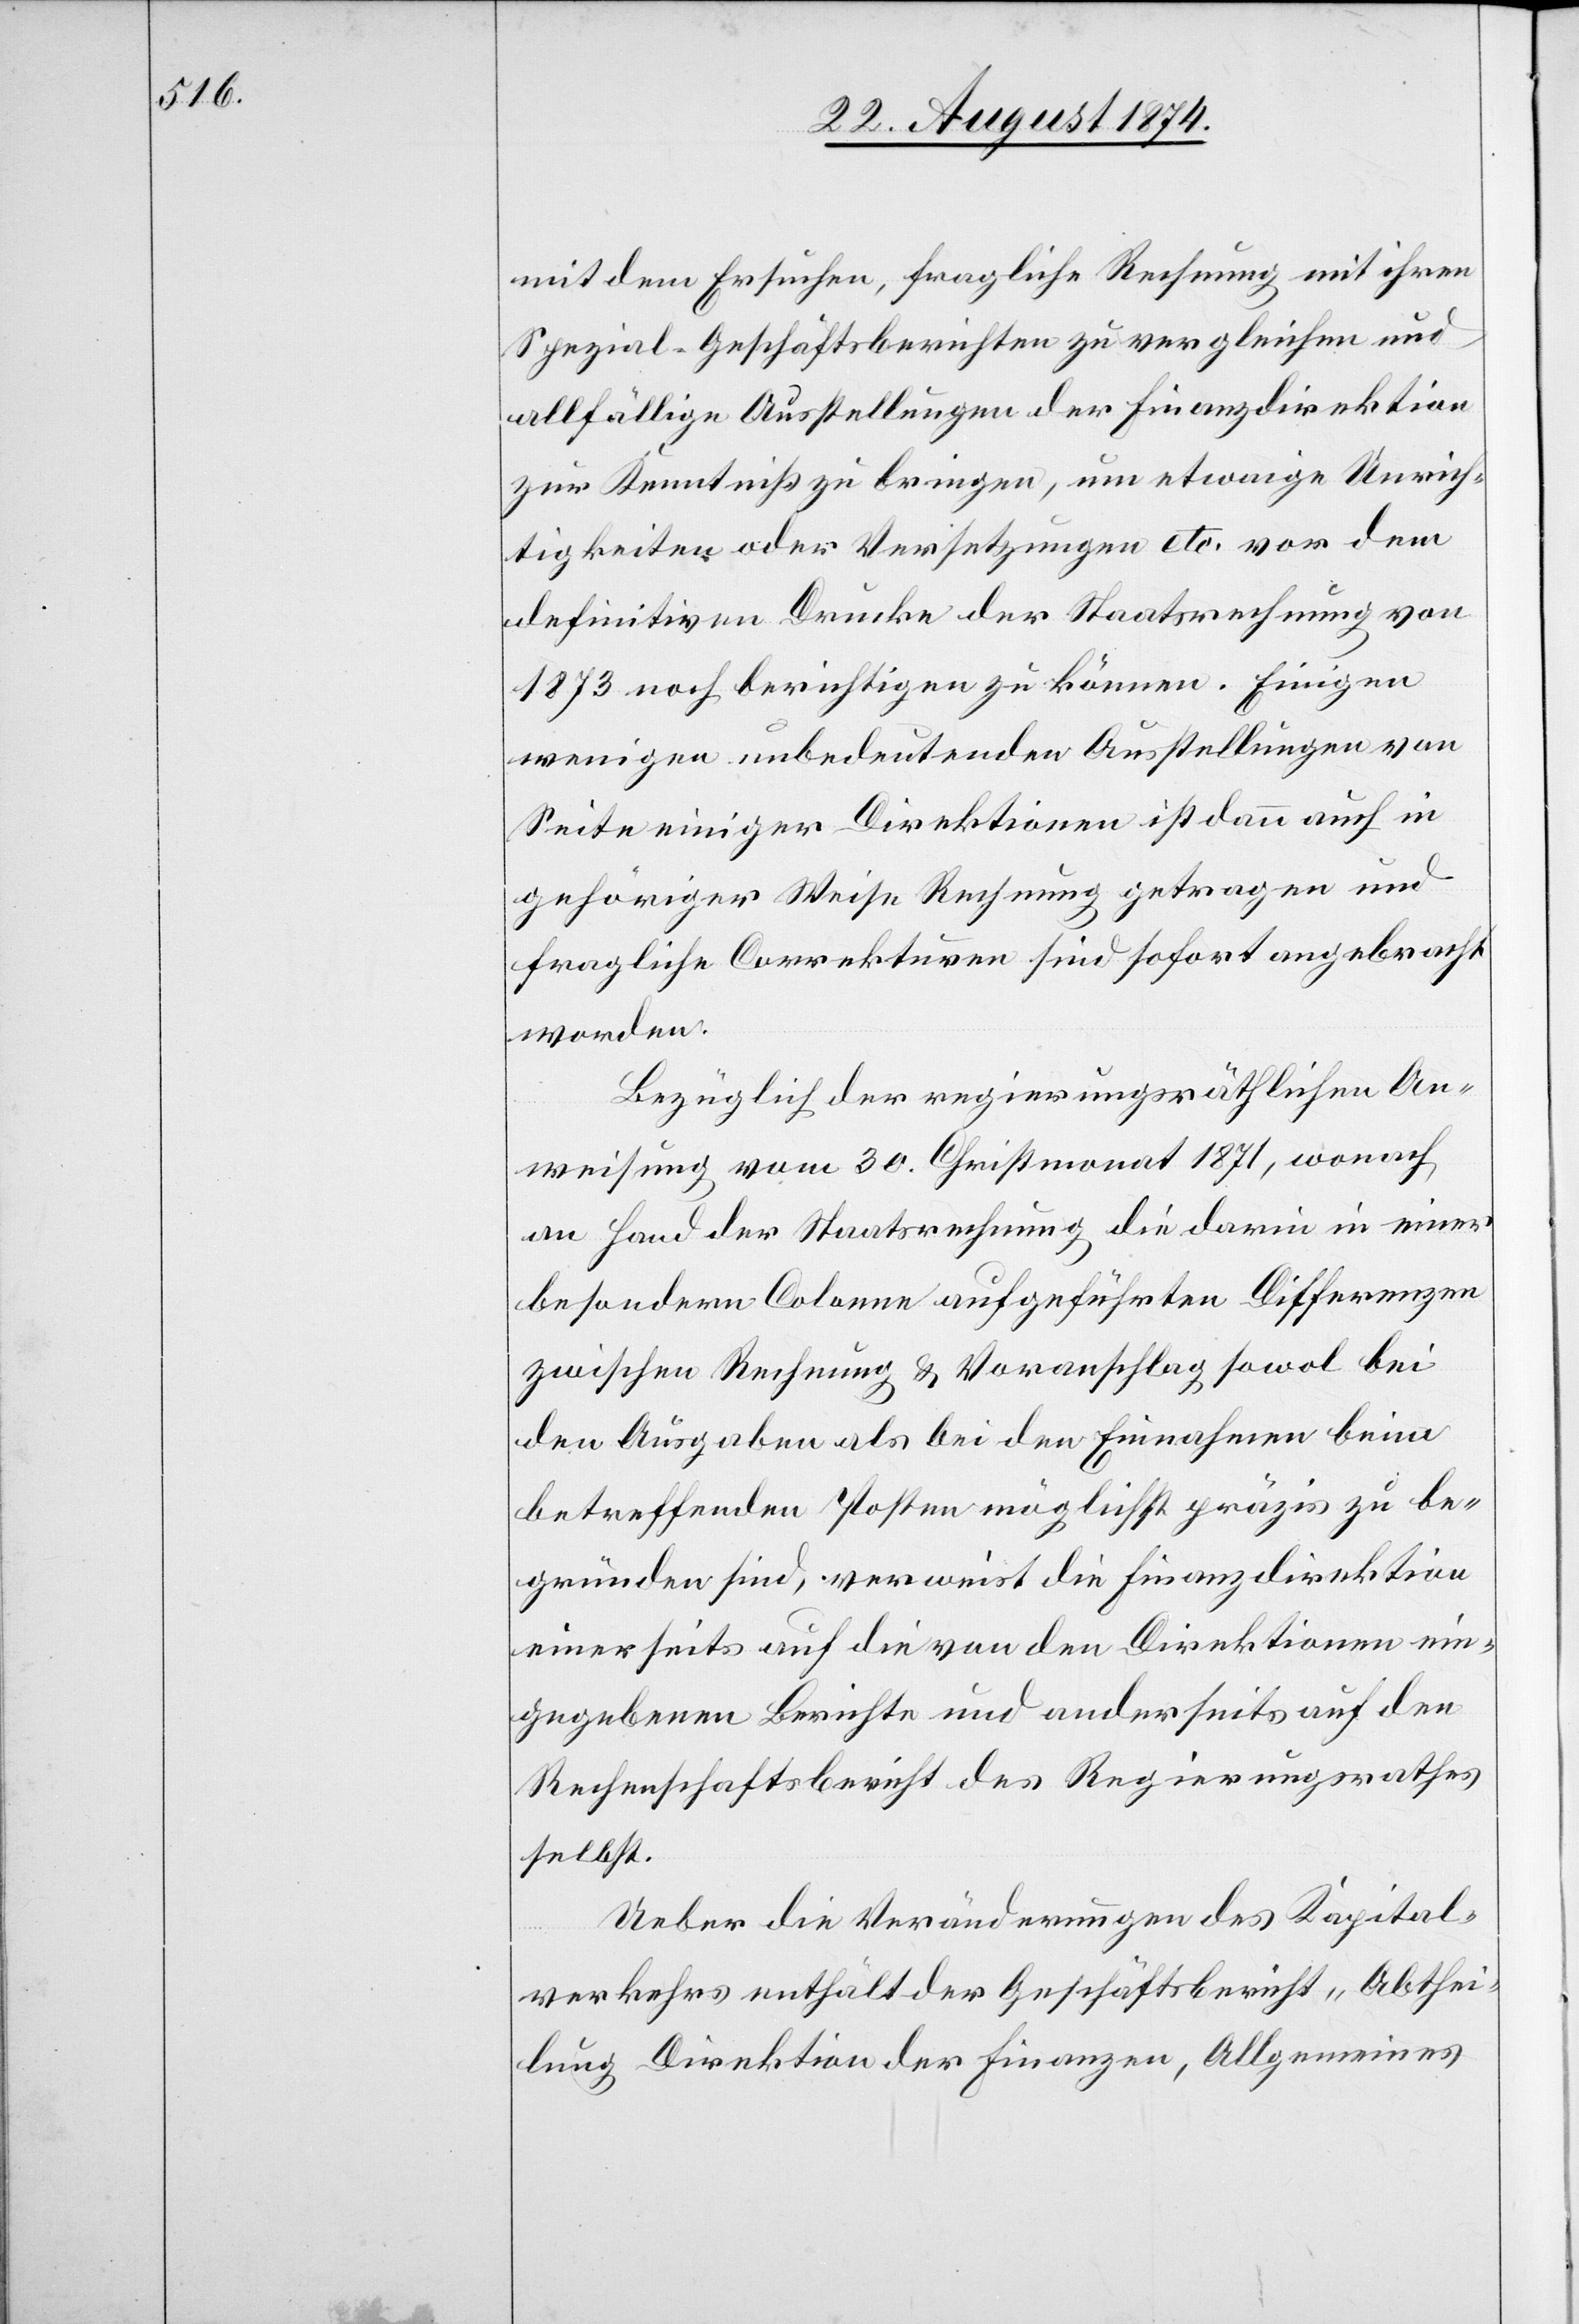
mit dem Ersuchen, fragliche Rechnung mit ihren
Spezial-Geschäftsberichten zu vergleichen und
allfällige Ausstellungen der Finanzdirektion
zur Kenntniß zu bringen, um etwaige Unrich¬
tigkeiten oder Versetzungen etc. vor dem
definitiven Drucke der Staatsrechnung von
1873 noch berichtigen zu können. Einigen
wenigen unbedeutenden Ausstellungen von
Seite einiger Direktionen ist dann auch in
gehöriger Weise Rechnung getragen und
fragliche Correkturen sind sofort angebracht
worden.
Bezüglich der regierungsräthlichen An¬
weisung vom 30. Christmonat 1871, wonach
an Hand der Staatsrechnung die darin in einer
besondern Colonne aufgeführten Differenzen
zwischen Rechnung u. Voranschlag sowol bei
den Ausgaben als bei den Einnahmen beim
betreffenden Posten möglichst präzis zu be¬
gründen sind, verweist die Finanzdirektion
einerseits auf die von den Direktionen ein¬
gegebenen Berichte und anderseits auf den
Rechenschaftsbericht des Regierungsrathes
selbst.
Ueber die Veränderungen des Kapital¬
verkehrs enthält der Geschäftsbericht „Abthei¬
lung Direktion der Finanzen, Allgemeines